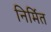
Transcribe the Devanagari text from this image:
निर्मित